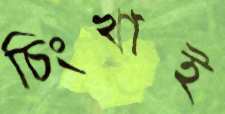
চিংখাই